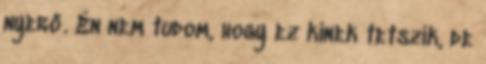
nyerő. Én nem tudom, hogy ez kinek tetszik, de